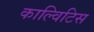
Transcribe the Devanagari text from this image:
काल्विटिस